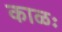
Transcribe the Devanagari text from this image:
काळः